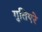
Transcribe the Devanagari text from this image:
गुतिएरे